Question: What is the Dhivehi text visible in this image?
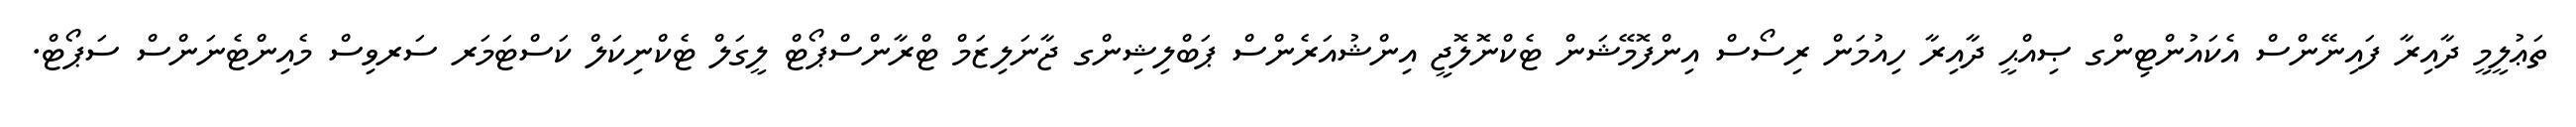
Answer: ތަޢުލީމީ ދާއިރާ ފައިނޭންސް އެކައުންޓިންގ ޞިއްޙީ ދާއިރާ ހިއުމަން ރިސޯސް އިންފޮމޭޝަން ޓެކްނޮލޮޖީ އިންޝުއަރެންސް ޕަބްލިޝިންގ ޖާނަލިޒަމް ޓްރާންސްޕޯޓް ލީގަލް ޓެކްނިކަލް ކަސްޓަމަރ ސަރވިސް މެއިންޓެނަންސް ސަޕޯޓް.